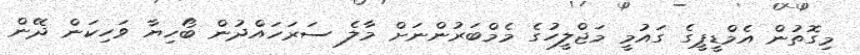
މިގޮތުން އެމްޑީޕީގެ ގައުމީ މަޖްލީހުގެ މެމްބަރުންނަށް މާލެ ސަރަހައްދުން ބޯހިޔާ ވަހިކަން ދޭން